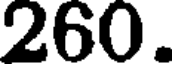
260.